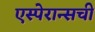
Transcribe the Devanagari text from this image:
एस्पेरान्सची